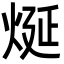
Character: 烻